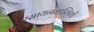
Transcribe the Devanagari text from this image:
रसायनशास्त्रियों